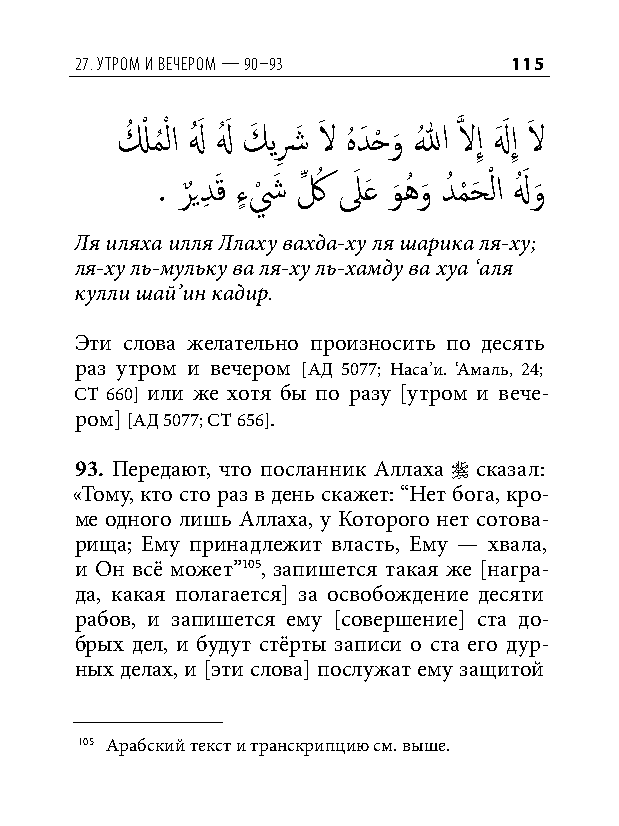
27. утром и вечером — 90–93  115
 لُ ْ مُ ْ لا لهُ َ لهُ َ كَ يشِ َ لاَ هُ دَ حْ و
 َ
 اللهُ َّذ لاإِ لهَ َ إِ لاَ
 . ر
 ٌ
 يدِ َق ءٍ ش
 ْ
 َ كِّ ُ لَ َع و
 َ
 هُ و
 َ
 دُ م
 ْ
 حَ ْ لا لهُ َ و
 َ
 Ля иляха илля Ллаху вахда-ху ля шарика ля-ху;
 ля-ху ль-мульку ва ля-ху ль-хамду ва хуа ‘аля
 кулли шай’ин кадир.
 Эти слова желательно произносить по десять
 раз утром и вечером [АД 5077; Наса’и. ‘Амаль, 24;
 СТ 660] или же хотя бы по разу [утром и вече-
 ром] [АД 5077; СТ 656].
 93. Передают, что посланник Аллаха  сказал:
 «Тому, кто сто раз в день скажет: “Нет бога, кро-
 ме одного лишь Аллаха, у Которого нет сотова-
 рища; Ему принадлежит власть, Ему — хвала,
 и Он всё может”105, запишется такая же [награ-
 да, какая полагается] за освобождение десяти
 рабов, и запишется ему [совершение] ста до-
 брых дел, и будут стёрты записи о ста его дур-
 ных делах, и [эти слова] послужат ему защитой
 105 Арабский текст и транскрипцию см. выше.